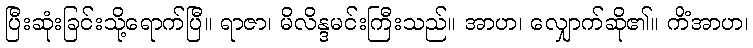
ပြီးဆုံးခြင်းသို့ရောက်ပြီ။ ရာဇာ၊ မိလိန္ဒမင်းကြီးသည်။ အာဟ၊ လျှောက်ဆို၏။ ကိံအာဟ၊